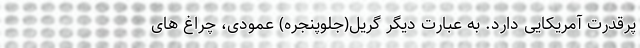
پرقدرت آمریکایی دارد. به عبارت دیگر گریل(جلوپنجره) عمودی، چراغ های